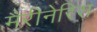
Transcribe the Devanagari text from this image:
मैरीनेरिस